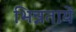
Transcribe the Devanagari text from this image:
भिन्नतायें